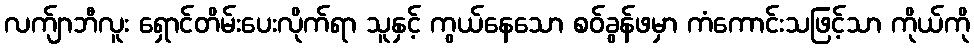
လက်ျာဘီလူး ရှောင်တိမ်းပေးလိုက်ရာ သူနှင့် ကွယ်နေသော စဝ်ခွန်ဖမှာ ကံကောင်းသဖြင့်သာ ကိုယ်ကို